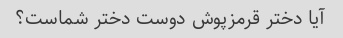
آیا دختر قرمزپوش دوست دختر شماست؟